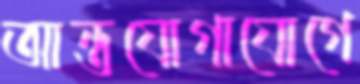
আন্তযোগাযোগে